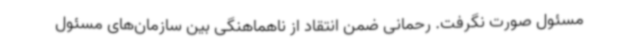
مسئول صورت نگرفت. رحمانی ضمن انتقاد از ناهماهنگی بین سازمان‌های مسئول